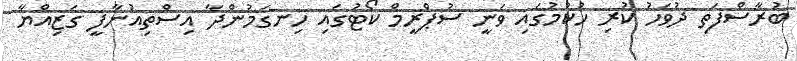
ބުރާސްފަތި ދުވަހު ކުރި ހުކުމުގައި ވަނީ ސުޕްރީމް ކޯޓުގައި ހިނގަމުންދާ އިސްތިއުނާފީ ގަޒިއްޔާ